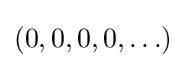
(0,0,0,0,\ldots )